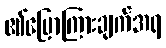
၏ပြောကြားချက်အရ